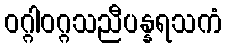
ဝဂ္ဂါဝဂ္ဂသညီပန္နရသကံ